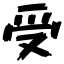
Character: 受